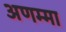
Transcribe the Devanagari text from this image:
अणम्मा